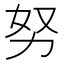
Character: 努